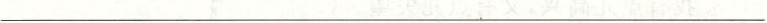
___